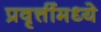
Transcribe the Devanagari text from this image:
प्रवृत्तींमध्ये